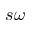
s \omega